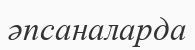
әпсаналарда